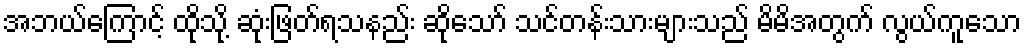
အဘယ်ကြောင့် ထိုသို့ ဆုံးဖြတ်ရသနည်း ဆိုသော် သင်တန်းသားများသည် မိမိအတွက် လွယ်ကူသော